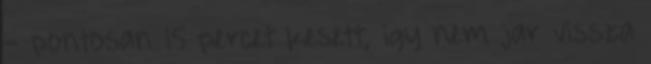
- pontosan 15 percet kesett, igy nem jar vissza